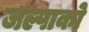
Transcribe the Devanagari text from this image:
जल्पाको